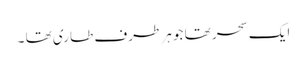
ایک سحر تھا جو ہر طرف طاری تھا ۔